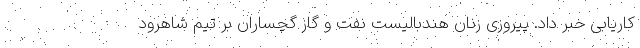
کاریابی خبر داد. پیروزی زنان هندبالیست نفت و گاز گچساران بر تیم شاهرود